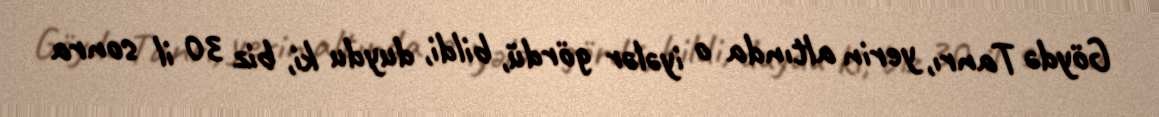
Göydə Tanrı, yerin altında o iyələr gördü, bildi, duydu ki, biz 30 il sonra